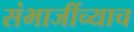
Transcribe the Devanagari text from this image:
संभाजींच्याच